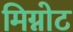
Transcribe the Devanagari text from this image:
मिग्नोट